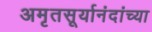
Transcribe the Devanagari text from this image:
अमृतसूर्यानंदांच्या